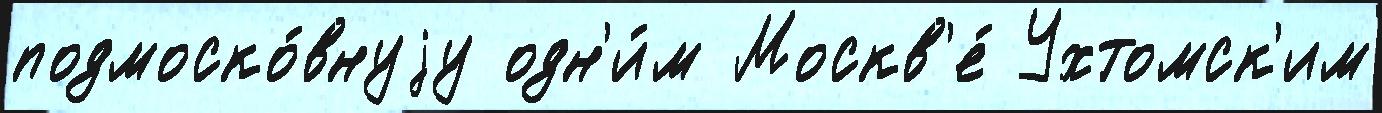
подмоско́внуjу одн'и́м Москв'е́ Ухтомск'им